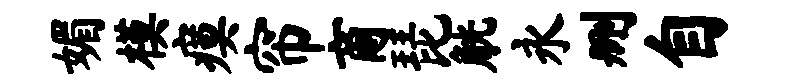
媚模瘼帘商琵觥永删自